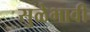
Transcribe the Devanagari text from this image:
सुळेभावी